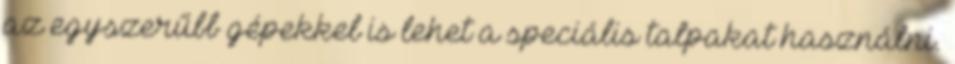
az egyszerűbb gépekkel is lehet a speciális talpakat használni.